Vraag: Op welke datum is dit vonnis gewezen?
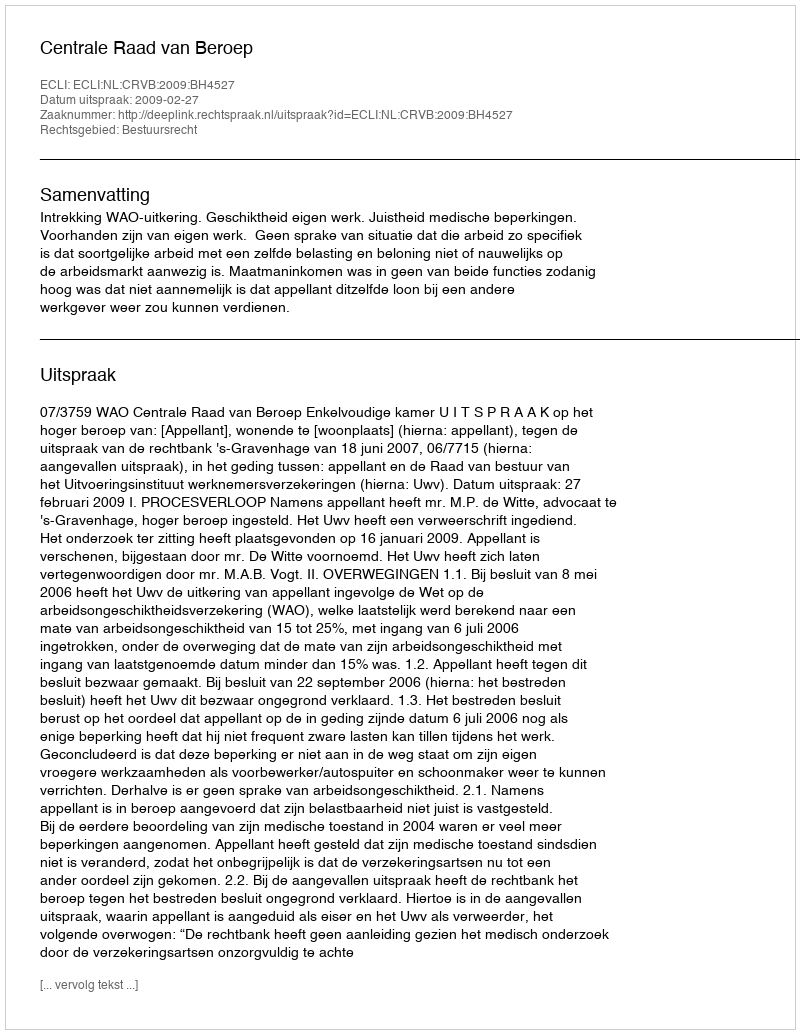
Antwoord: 2009-02-27